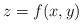
LaTeX: \begin{align*}z=f(x,y)\end{align*}